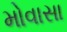
મોવાસા